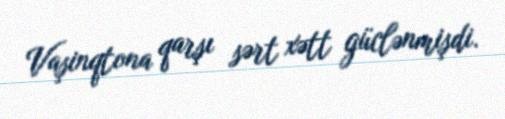
Vaşinqtona qarşı sərt xətt güclənmişdi.